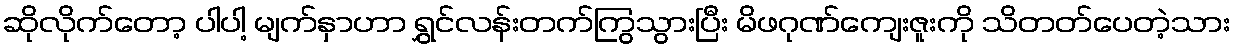
ဆိုလိုက်တော့ ပါပါ့ မျက်နှာဟာ ရွှင်လန်းတက်ကြွသွားပြီး မိဖဂုဏ်ကျေးဇူးကို သိတတ်ပေတဲ့သား